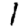
Digit: 1